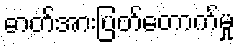
ဓာတ်အားပြတ်တောက်မှု